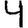
Digit: 4